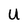
Character: U